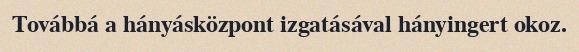
Továbbá a hányásközpont izgatásával hányingert okoz.